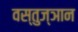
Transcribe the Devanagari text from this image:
वस्तुज्ञान